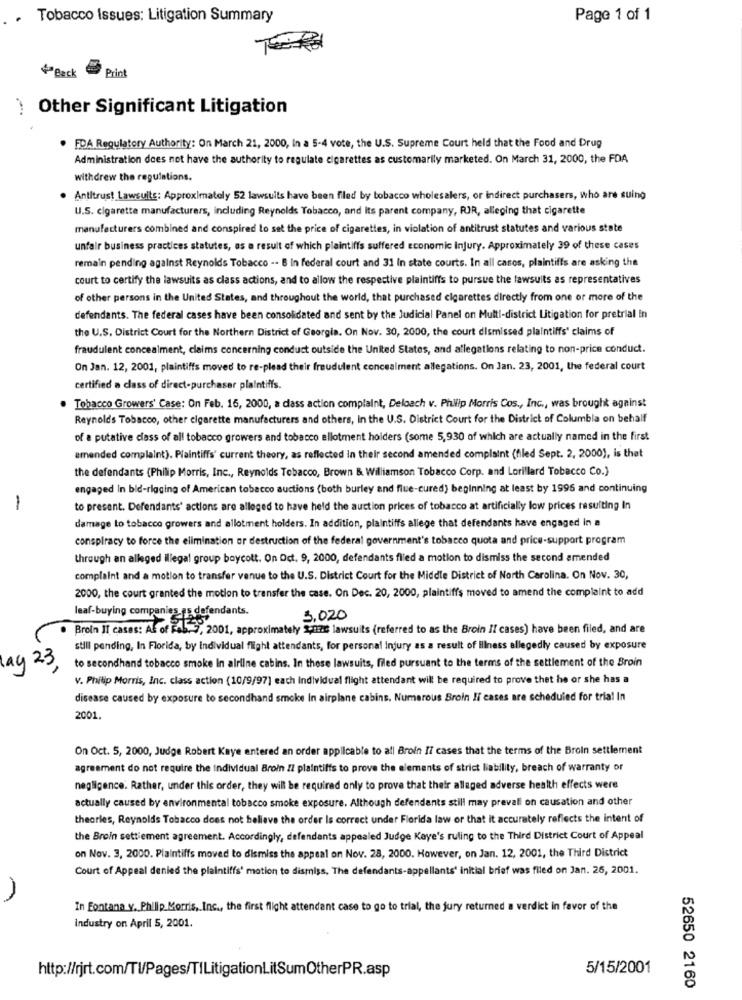
. Tobacco Issues: Litigation Summary
Page 1 of 1
+ Back
Print
Other Significant Litigation
. FDA Regulatory Authority: On March 21, 2000, In a 5-4 vote, the U.S. Supreme Court held that the Food and Drug
Administration does not have the authority to regulate cigarettes as customarily marketed. On March 31, 2000, the FDA
withdrew the regulations.
Antitrust Lawsuits: Approximately 52 lawsuits have been filed by tobacco wholesalers, or indirect purchasers, who are suing
U.S. cigarette manufacturers, including Reynolds Tobacco, and Its parent company, RJR, alleging that cigarette
manufacturers combined and conspired Lo set the price of cigarettes, in violation of antitrust statutes and various state
unfair business practices statutes, as a result of which plaintiffs suffered economic injury. Approximately 39 of these cases
remain pending against Reynolds Tobacco -- B In federal court and 31 in state courts. In all casos, plaintiffs are asking the
court to certify the lawsuits as class actions, and to allow the respective plaintiffs to pursue the lawsuits as representatives
of other persons in the United States, and throughout the world, that purchased cigarettes directly from one or more of the
defendants. The federal cases have been consolidated and sent by the Judicial Panel on Multi-district Litigation for pretrial In
the U.S. District Court for the Northern District of Georgia. On Nov. 30, 2000, the court dismissed plaintiffs' claims of
fraudulent concealment, claims concerning conduct outside the United States, and allegations relating to non-price conduct.
On Jan. 12, 2001, plaintiffs moved to re-plead their fraudulent concealment allegations. On Jan. 23, 2001, the federal court
certified a class of direct-purchaser plaintiffs.
. Tobacco Growers' Case: On Feb. 16, 2000, a dass action complaint, Deloach v. Philip Morris Cos ., Inc ., was brought agninst
Reynolds Tobacco, other cigarette manufacturers and others, In the U.S. District Court for the District of Columbia on behalf
of a putative dass of all tobacco growers and tobacco allotment holders (some 5,930 of which are actually named in the first
amended complaint). Plaintiffs' current theory, as reflected in their second amended complaint (filed Sept. 2, 2000), is that
the defendants (Philip Morris, Inc ., Reynolds Tobacco, Brown &. Williamson Tobacco Corp. and Lorillard Tobacco Co.)
engaged In bid-rigging of American tobacco auctions (both burley and flue-cured) beginning at least by 1995 and continuing
-
to present. Defendants' actions are alleged to have held the auction prices of tobacco at artificially low prices resulting In
damage to tobacco growers and allotment holders. In addition, plaintiffs allege that defendants have engaged in a
conspiracy to force the elimination or destruction of the federal government's tobacco quota and price-support program
through an alleged Illegal group boycott. On Oct. 9, 2000, defendants filed a motion to dismiss the second amended
complaint and a motion to transfer venue to the U.S. District Court for the Middle District of North Carolina. On Nov. 30,
2000, the court granted the motion to transfer the case. On Dec. 20, 2000, plaintiffs moved to amend the complaint to add
leaf-buying companies_es defendants.
5.020
. Brein IT cases: At of Fab. 7, 2001, approximately ,nas lawsuits (referred to as the Broin If cases) have been filed, and are
still pending, In Florida, by individual flight attendants, for personal Injury as a result of Illness allegedly caused by exposure
lay 23
to secondhand tobacco smoke In airline cabins. In these lawsuits, filed pursuant to the terms of the settlement of the Broin
V. Philip Morris, Inc. class action (10/9/97] each individual flight attendant will be required to prove that he or she has a
disease caused by exposure to secondhand smoke In airplane cabins. Numerous Broin If cases are scheduled for tria! In
2001.
On Oct. 5, 2000, Judge Robert Kaye entered an order applicable to all Broin I7 cases that the terms of the Broin settlement
agreement do not require the individual Broin IZ plaintiffs to prove the elements of strict liability, breach of warranty or
negligence. Rather, under this order, they will be required only to prove that their allaged adverse health effects were
actually caused by environmental tobacco smoke exposure. Although defendants still may prevali on causation and other
theories, Reynolds Tobacco does not believe the order Is correct under Florida law or that it accurately reflects the intent of
the Broin settiement agreement. Accordingly, defendants appealed Judge Kaye's ruling to the Third District Court of Appeal
on Nov. 3, 2000. Plaintiffs moved to dismiss the appeal on Nov. 28, 2000. However, on Jan. 12, 2001, the Third District
Court of Appeal denied the plaintiffs' motion to dismiss, The defendants-appellants' initial brief was filed on Jan. 26, 2001.
In Fontana y. Philip Morris, Inc ., the first flight attendant case to go to trial, the jury returned a verdict in favor of the
Industry on April 5, 2001.
http://rjrt.com/Tl/Pages/TILitigationLitSumOtherPR.asp
5/15/2001
52650 2160